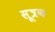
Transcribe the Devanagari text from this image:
सूत्रक